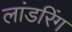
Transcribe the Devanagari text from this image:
लांडरिंग